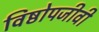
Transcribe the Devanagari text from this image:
विष्ठोपजीवी